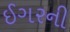
ઈગરની